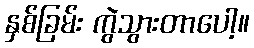
နှစ်ခြမ်း ကွဲသွားတာပေါ့။